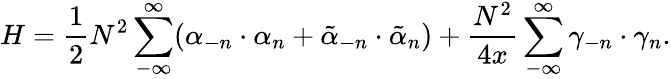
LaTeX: H=\frac{1}{2}N^{2}\sum_{-\infty}^{\infty}(\alpha_{-n}\cdot\alpha_{n}+\tilde{\alpha}_{-n}\cdot\tilde{\alpha}_{n})+\frac{N^{2}}{4x}\sum_{-\infty}^{\infty}\gamma_{-n}\cdot\gamma_{n}.